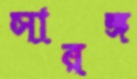
সারঙ্গ